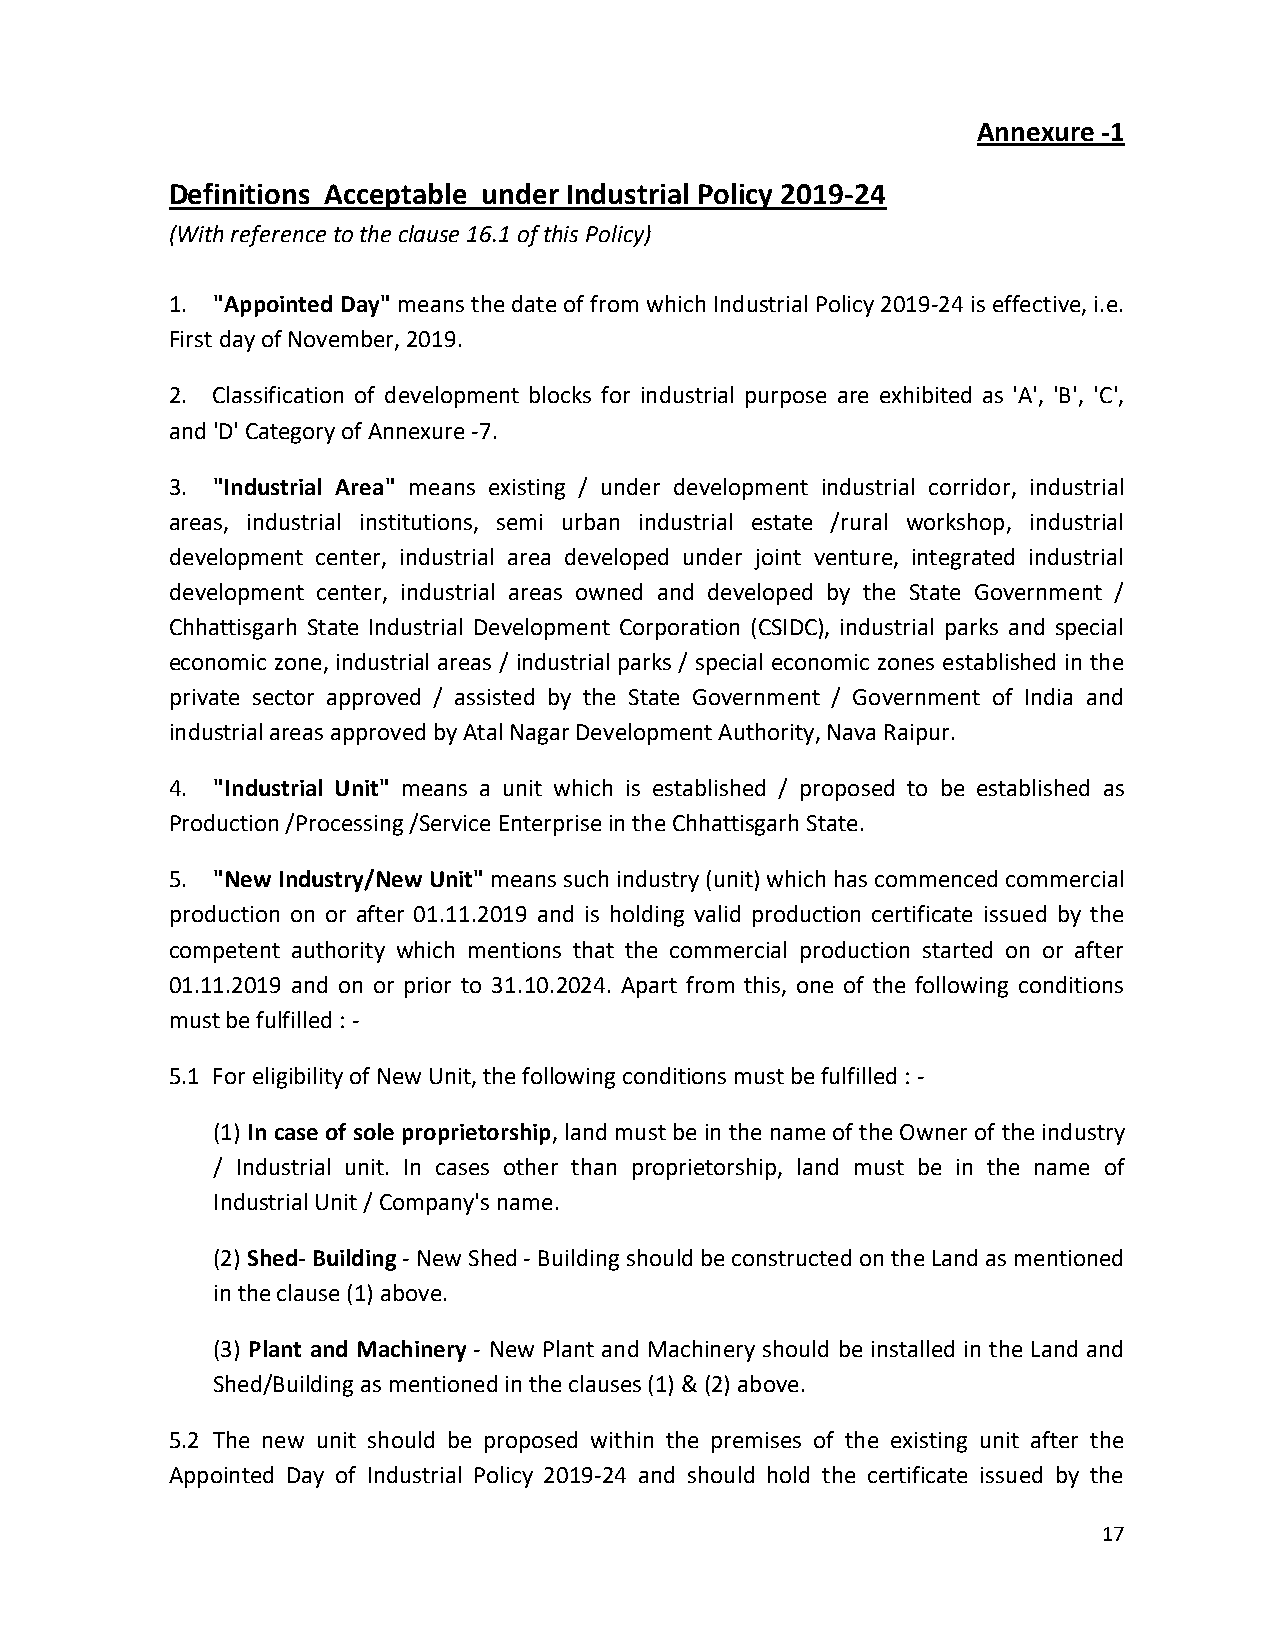
Annexure -1
 Definitions Acceptable under Industrial Policy 2019-24
 (With reference to the clause 16.1 of this Policy)
 1. "Appointed Day" means the date of from which Industrial Policy 2019-24 is effective, i.e.
 First day of November, 2019.
 2. Classification of development blocks for industrial purpose are exhibited as 'A', 'B', 'C',
 and 'D' Category of Annexure -7.
 3. "Industrial Area" means existing / under development industrial corridor, industrial
 areas, industrial institutions, semi urban industrial estate /rural workshop, industrial
 development center, industrial area developed under joint venture, integrated industrial
 development center, industrial areas owned and developed by the State Government /
 Chhattisgarh State Industrial Development Corporation (CSIDC), industrial parks and special
 economic zone, industrial areas / industrial parks / special economic zones established in the
 private sector approved / assisted by the State Government / Government of India and
 industrial areas approved by Atal Nagar Development Authority, Nava Raipur.
 4. "Industrial Unit" means a unit which is established / proposed to be established as
 Production /Processing /Service Enterprise in the Chhattisgarh State.
 5. "New Industry/New Unit" means such industry (unit) which has commenced commercial
 production on or after 01.11.2019 and is holding valid production certificate issued by the
 competent authority which mentions that the commercial production started on or after
 01.11.2019 and on or prior to 31.10.2024. Apart from this, one of the following conditions
 must be fulfilled : -
 5.1 For eligibility of New Unit, the following conditions must be fulfilled : -
 (1) In case of sole proprietorship, land must be in the name of the Owner of the industry
 / Industrial unit. In cases other than proprietorship, land must be in the name of
 Industrial Unit / Company's name.
 (2) Shed- Building - New Shed - Building should be constructed on the Land as mentioned
 in the clause (1) above.
 (3) Plant and Machinery - New Plant and Machinery should be installed in the Land and
 Shed/Building as mentioned in the clauses (1) & (2) above.
 5.2 The new unit should be proposed within the premises of the existing unit after the
 Appointed Day of Industrial Policy 2019-24 and should hold the certificate issued by the
 17